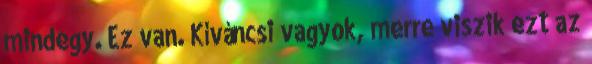
mindegy. Ez van. Kíváncsi vagyok, merre viszik ezt az